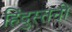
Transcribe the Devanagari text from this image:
हिंदुस्तनी